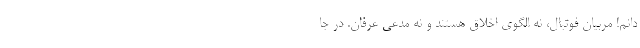
‌دانم! مربیان فوتبال، نه الگوی اخلاق هستند و نه مدعی عرفان. در جا